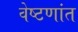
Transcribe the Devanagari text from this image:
वेष्टणांत